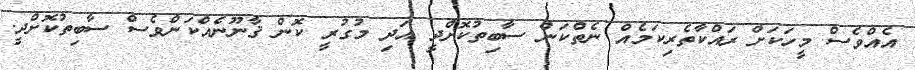
އެއްވެސް މީހަކަށް ރައްކާތެރިކަމެއް ނެތްކަން ސާބިތުކޮށްދީ އަދި މުގުރީ ކޮން ޤާނޫނެއްކަންވެސް ސާބިތުކޮށްދީ.